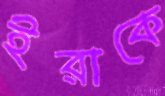
ইরাকে